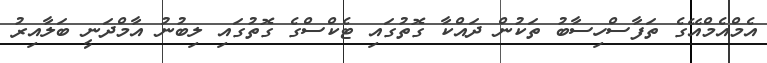
އެމްއެމްއޭގެ ތަފާސްހިސާބު ތަކުން ދައްކާ ގޮތުގައި ޓެކްސްގެ ގޮތުގައި ލިބުނު އާމްދަނީ ބަލާއިރު